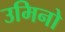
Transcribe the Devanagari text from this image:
उमिनो